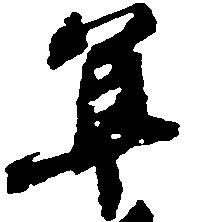
隼